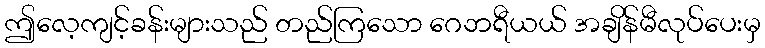
ဤလေ့ကျင့်ခန်းများသည် တည်ကြသော ဂေဘရီယယ် အချိန်မီလုပ်ပေးမှ